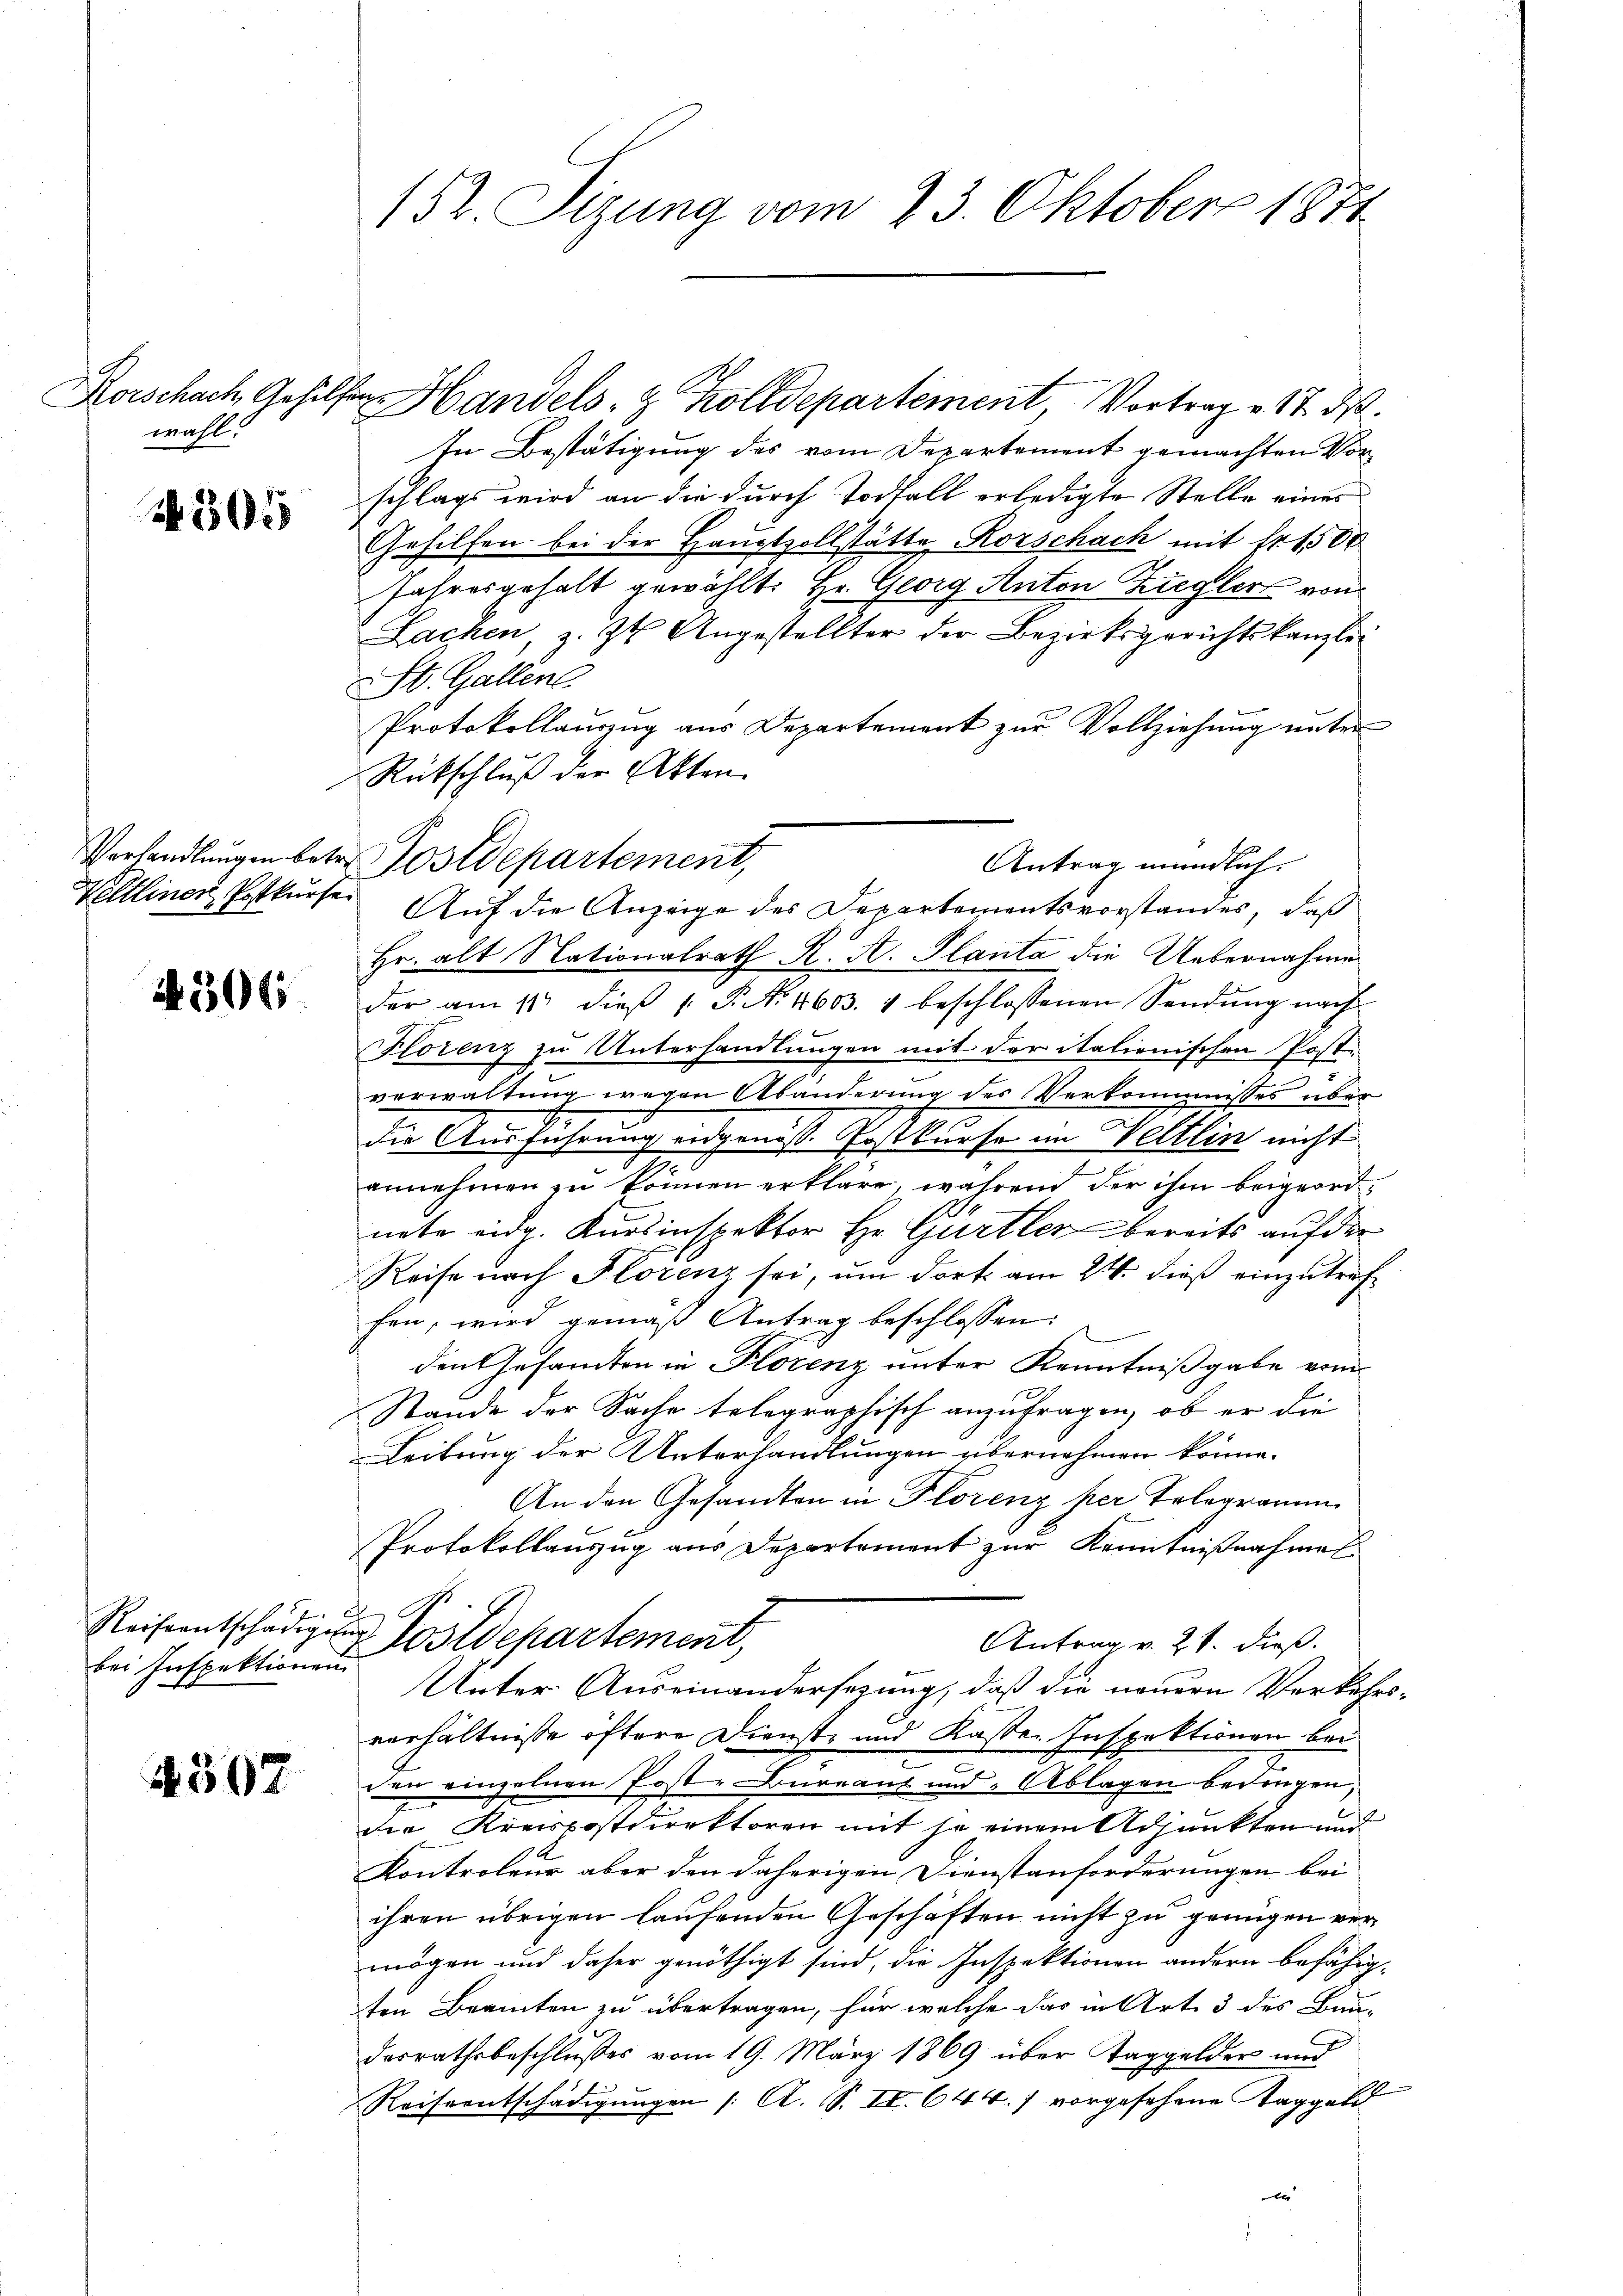
Korschach, Gehilfen
wahl.

N 305

Verhandlungen betre

4306

Reiseentschädigung
bei Inspektionen

4507

152. Sizung vom 23. Oktober 1871

HHandels- & Zolldepartement Vortrag v. 17. ds.
In Bestätigung des vom Departement gemachten Vorschlags wird an die durch Todfall erledigte Stelle eines
Gehilfen bei der Hauptzollstätte Rorschach mit Nr. 1500
Jahresgehalt gewählt: Hr. Georg Anton Ziegler von
Sachen, z. Zt. Angestellter der Bezirksgerichtskanzlei
St. Gallen.
Protokollauszug aus Departement zur Vollziehung unter
Rückschluß der Akten.
Postdepartement,
Antrag mündlich.
Veltliner Postkurse Auf die Anzeige des Departementsvorstandes, daß
Hr. alt Nationalrath K. A. Planta die Uebernahme
der am 11. dieβ 1. P. Nr. 4603. 1 beschlossenen Sendŭng nach
Florenz zu Unterhandlungen mit der italienischen Post-
verwaltung wegen Abänderung des Verkommnisses über
die Ausführung eidgenöss. Postkurse im Weltlin nicht
.
annehmen zŭ können erkläre, während der ihm beigeordnete eidg. Kursinspektor Hr. Gürtler bereits auf der
Reise nach Florenz sei, um dort am 24. dieß einzutreffen, wird gemäß Antrag beschlossen:
den Gesandten in Florenz unter Kenntnißgabe vom
Stande der Sache telegraphisch anzufragen, ob er die
Leitung der Unterhandlungen übernehmen könne.
An den Gesandten in Florenz per Telegramm
Protokollauszug aus Departement zur Kenntnißnahmel
 Postdepartement,
Antrag v. 21. dieß.
Unter Auseinandersezung, daß die neuern Verkehrsverhältnisse öftere Dienst- und Kasten Inspektionen bei
den einzelnen Post-Bureaut und Ablagen bedingen,
die Kreispostdirektoren mit je einem Adjunkten und
Kontroleur aber den daherigen Dienstanforderungen bei
ihren übrigen laufenden Geschäften nicht zu genügen vermögen und daher genöthigt sind, die Inspektionen andern befähigten Beamten zu übertragen, für welche das in Art. 3 des Bau-
desrathsbeschlußes vom 19. März 1869 über Taggelder und
Reiseentschädigungen /: A. S. II. 644.) vorgesehene Taggel
i